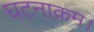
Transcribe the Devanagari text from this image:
घटनाक्रम।